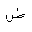
Letter: _dad